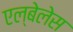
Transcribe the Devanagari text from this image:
एल्बेलेस